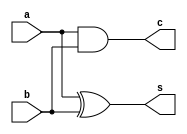
`timescale 1ns / 1ps
//////////////////////////////////////////////////////////////////////////////////
// Company: 
// Engineer: 
// 
// Design Name: 
// Module Name: ha
// Project Name: 
// Target Devices: 
// Tool Versions: 
// Description: 
// 
// Dependencies: 
// 
// Revision:
// Revision 0.01 - File Created
// Additional Comments:
// 
//////////////////////////////////////////////////////////////////////////////////


module ha(
    input a,
    input b,
    output s,
    output c
    );

    assign s = a^b;
    assign c = a&b;
    
endmodule